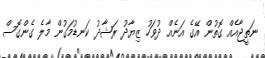
ނަތީޖާއެއް ގޮތުން އޭގެ އަނެއް ދުވަހު ޒިޔާދު ރަޝާދު ކަނޑުމަގުން މާލެ ގެންގޮސް